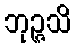
ဘုဉ္ဇသိ